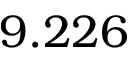
9 . 2 2 6